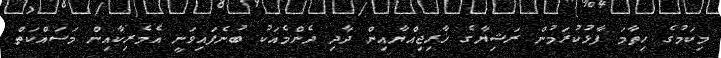
މިކަމުގެ ހިތާމަ ފާޅުކުރަމުން ރަޝިޔާގެ ޚާރިޖިއްޔާއިން ދާދި ދެންމެއަކު ބުނެފައިވަނީ އެމެރިކާއިން މަސައްކަތް